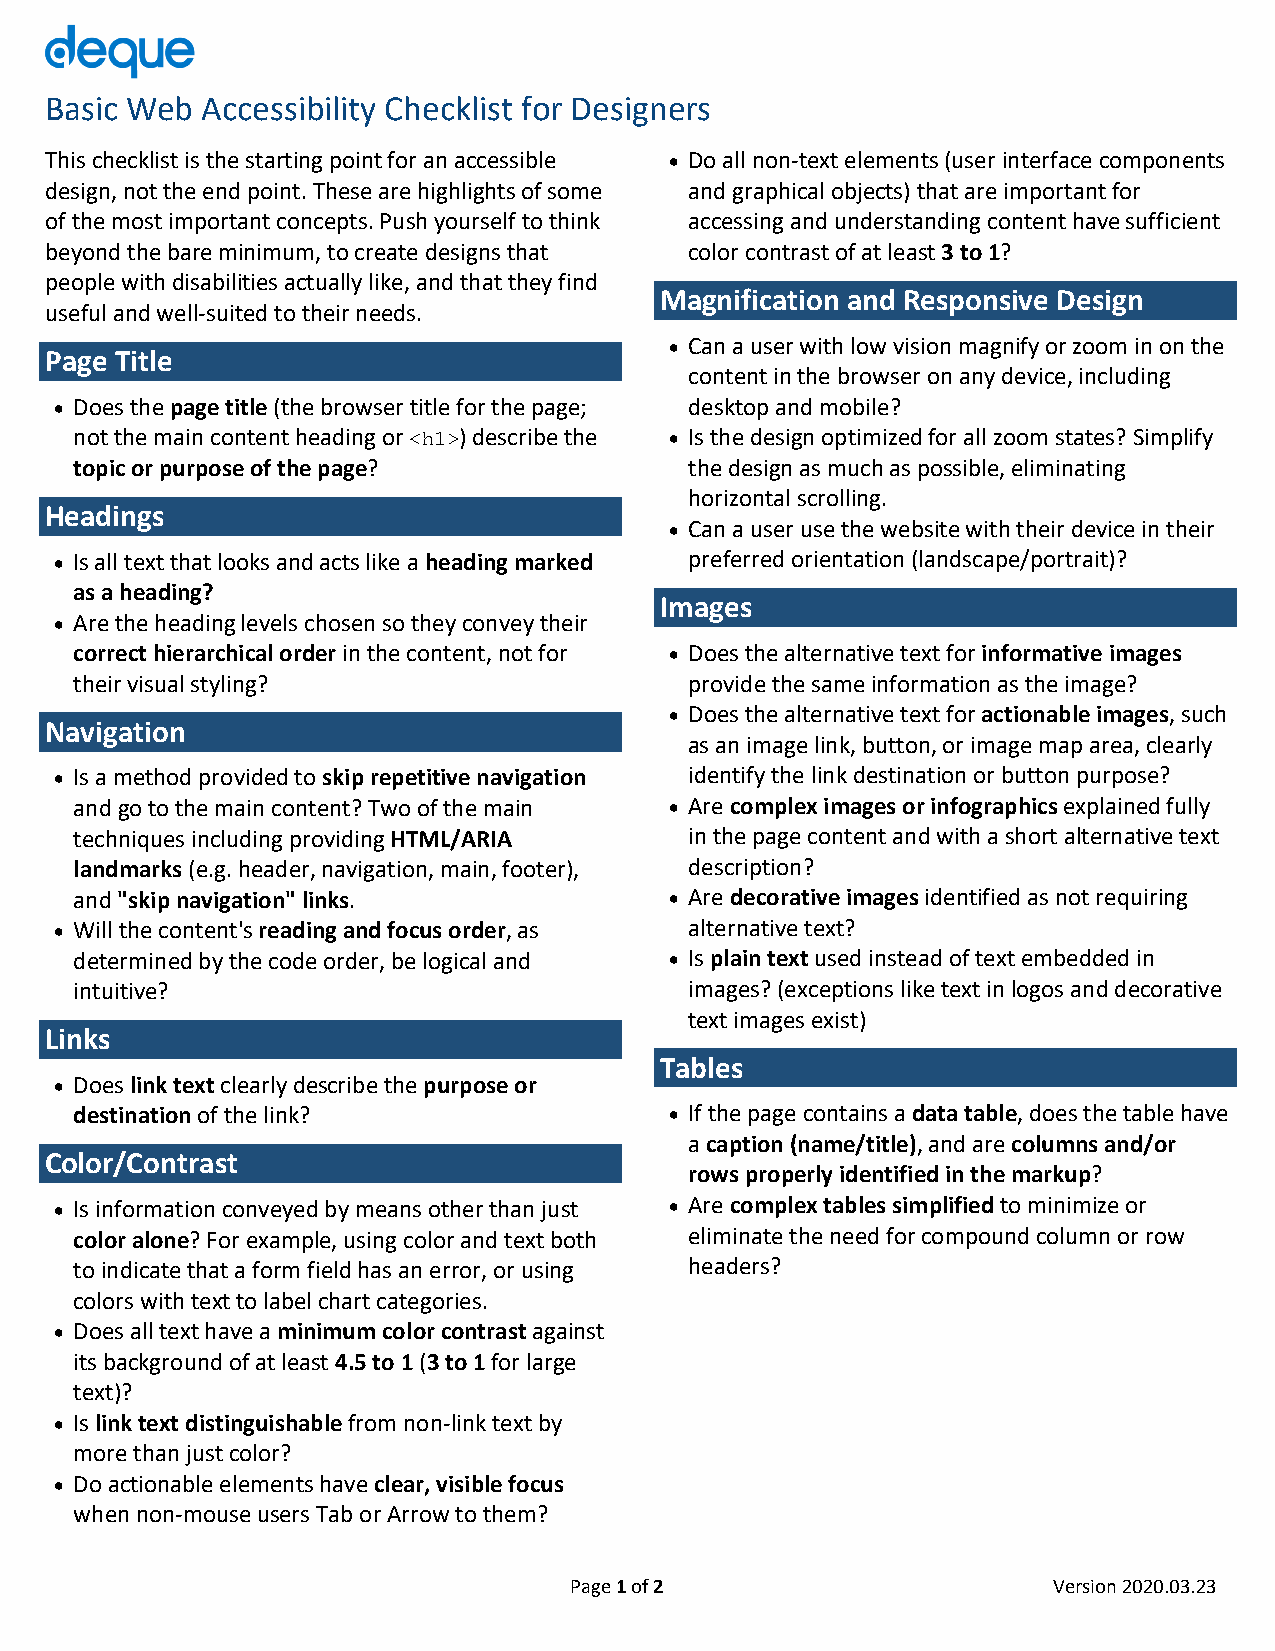
Basic Web Accessibility Checklist for Designers
 This checklist is the starting point for an accessible • Do all non-text elements (user interface components
 design, not the end point. These are highlights of some and graphical objects) that are important for
 of the most important concepts. Push yourself to think accessing and understanding content have sufficient
 beyond the bare minimum, to create designs that color contrast of at least 3 to 1?
 people with disabilities actually like, and that they find
 Magnification and Responsive Design
 useful and well-suited to their needs.
 • Can a user with low vision magnify or zoom in on the
 Page Title
 content in the browser on any device, including
 • Does the page title (the browser title for the page; desktop and mobile?
 not the main content heading or ) describe the • Is the design optimized for all zoom states? Simplify
 <h1>
 topic or purpose of the page?            the design as much as possible, eliminating
 horizontal scrolling.
 Headings
 • Can a user use the website with their device in their
 • Is all text that looks and acts like a heading marked preferred orientation (landscape/portrait)?
 as a heading?
 Images
 • Are the heading levels chosen so they convey their
 correct hierarchical order in the content, not for • Does the alternative text for informative images
 their visual styling?                    provide the same information as the image?
 • Does the alternative text for actionable images, such
 Navigation
 as an image link, button, or image map area, clearly
 • Is a method provided to skip repetitive navigation identify the link destination or button purpose?
 and go to the main content? Two of the main • Are complex images or infographics explained fully
 techniques including providing HTML/ARIA in the page content and with a short alternative text
 landmarks (e.g. header, navigation, main, footer), description?
 and "skip navigation" links.           • Are decorative images identified as not requiring
 • Will the content's reading and focus order, as alternative text?
 determined by the code order, be logical and • Is plain text used instead of text embedded in
 intuitive?                               images? (exceptions like text in logos and decorative
 text images exist)
 Links
 Tables
 • Does link text clearly describe the purpose or
 destination of the link?               • If the page contains a data table, does the table have
 a caption (name/title), and are columns and/or
 Color/Contrast
 rows properly identified in the markup?
 • Is information conveyed by means other than just • Are complex tables simplified to minimize or
 color alone? For example, using color and text both eliminate the need for compound column or row
 to indicate that a form field has an error, or using headers?
 colors with text to label chart categories.
 • Does all text have a minimum color contrast against
 its background of at least 4.5 to 1 (3 to 1 for large
 text)?
 • Is link text distinguishable from non-link text by
 more than just color?
 • Do actionable elements have clear, visible focus
 when non-mouse users Tab or Arrow to them?
 Page 1 of 2                     Version 2020.03.23